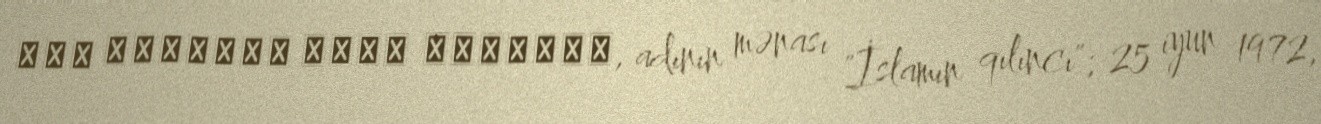
سيف الإسلام معمر القذافي, adının mənası "İslamın qılıncı"; 25 iyun 1972,